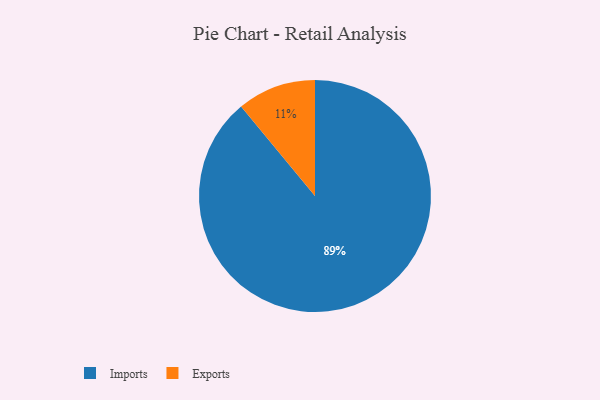
{"axis": {"x": "Category", "y": "Percentage"}, "legend": ["Exports", "Imports"], "data": [{"x": "Imports", "y": 89, "type": "Imports"}, {"x": "Exports", "y": 11, "type": "Exports"}]}